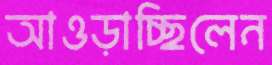
আওড়াচ্ছিলেন